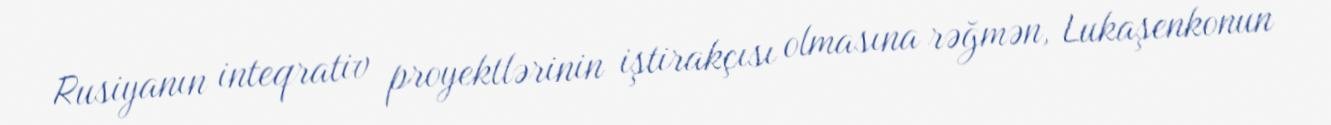
Rusiyanın inteqrativ proyektlərinin iştirakçısı olmasına rəğmən, Lukaşenkonun